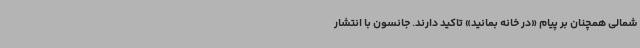
شمالی همچنان بر پیام «در خانه بمانید» تاکید دارند. جانسون با انتشار